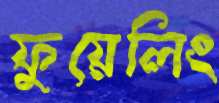
ফুয়েলিং